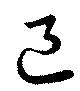
邑